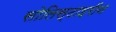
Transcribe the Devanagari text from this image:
सोलिस्टाइरीन